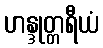
ဟန္ဒုတ္တရီယံ